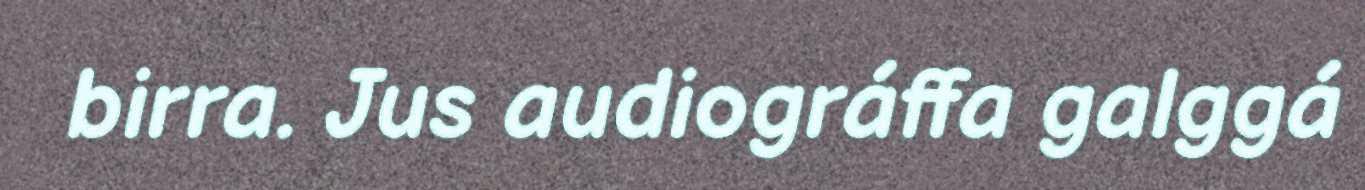
birra. Jus audiográffa galggá